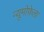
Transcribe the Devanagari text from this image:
न्यूमोफेला